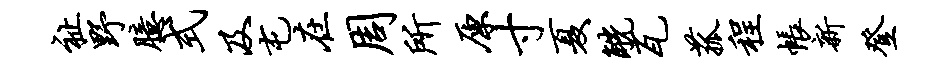
祉野臆式及屯在周所原寸夏觥瓦菰程帐新登